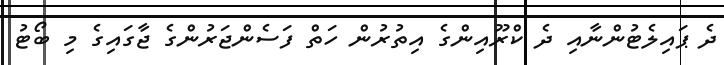
ދެ ޕައިލެޓުންނާއި ދެ ކްރޫއިންގެ އިތުރުން ހަތް ފަސެންޖަރުންގެ ޖާގައިގެ މި ބޯޓު